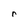
Character: r